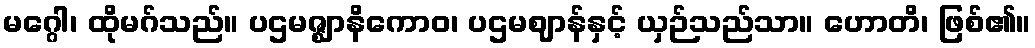
မဂ္ဂေါ၊ ထိုမဂ်သည်။ ပဌမဇ္ဈာနိကောဝ၊ ပဌမဈာန်နှင့် ယှဉ်သည်သာ။ ဟောတိ၊ ဖြစ်၏။